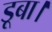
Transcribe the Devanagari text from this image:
डूबा।